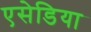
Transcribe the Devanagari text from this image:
एसेडिया